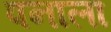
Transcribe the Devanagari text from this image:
पनाला